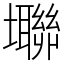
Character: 壣